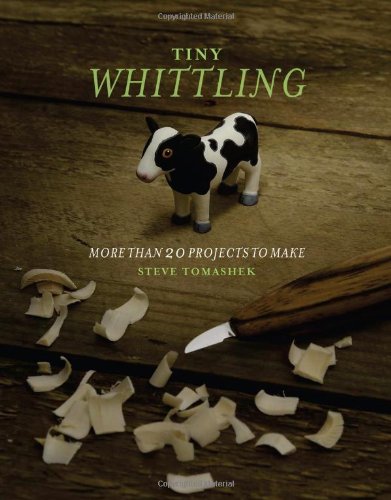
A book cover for Tiny Whittling: More Than 20 Projects to Make; Steve Tomashek; Crafts, Hobbies & Home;